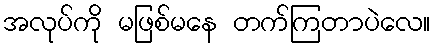
အလုပ်ကို မဖြစ်မနေ တက်ကြတာပဲလေ။